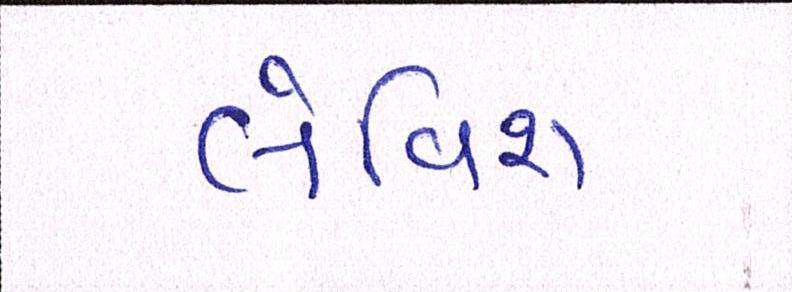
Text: લેવિશ